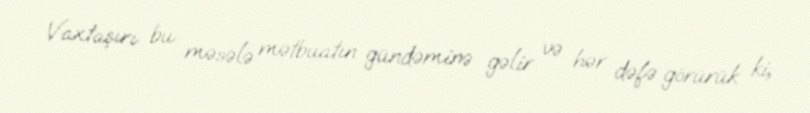
Vaxtaşırı bu məsələ mətbuatın gündəminə gəlir və hər dəfə görürük ki,